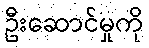
ဦးဆောင်မှုကို